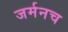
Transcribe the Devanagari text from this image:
जर्मनच